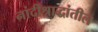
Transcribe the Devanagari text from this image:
नांदीश्राद्धांतील